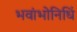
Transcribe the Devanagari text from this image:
भवांभोनिधिं